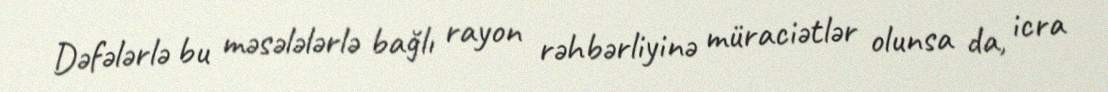
Dəfələrlə bu məsələlərlə bağlı rayon rəhbərliyinə müraciətlər olunsa da, icra